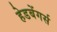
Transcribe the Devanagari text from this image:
हेडबेंगर्स